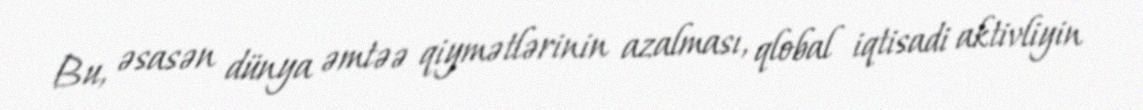
Bu, əsasən dünya əmtəə qiymətlərinin azalması, qlobal iqtisadi aktivliyin